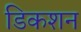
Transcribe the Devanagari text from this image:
डिकशन